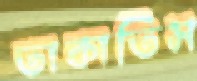
তাকাতিস